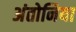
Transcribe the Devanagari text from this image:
अंतोनिया